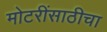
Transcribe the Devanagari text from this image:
मोटरींसाठीचा